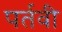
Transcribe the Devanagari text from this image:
पर्तवी